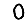
Digit: 0